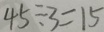
4 5 \div 3 = 1 5